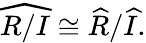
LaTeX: {\widehat{R/I}}\cong{\widehat{R}}/{\widehat{I}}.